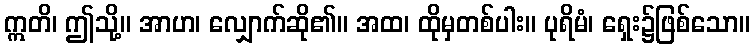
ဣတိ၊ ဤသို့။ အာဟ၊ လျှောက်ဆို၏။ အထ၊ ထိုမှတစ်ပါး။ ပုရိမံ၊ ရှေး၌ဖြစ်သော။